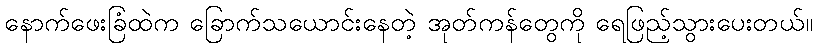
နောက်ဖေးခြံထဲက ခြောက်သယောင်းနေတဲ့ အုတ်ကန်တွေကို ရေဖြည့်သွားပေးတယ်။